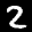
Label: 2